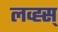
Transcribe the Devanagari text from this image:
लव्ह्स्